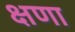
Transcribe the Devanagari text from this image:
क्षणा